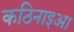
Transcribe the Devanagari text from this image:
कठिनाइआ